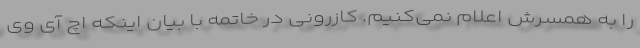
را به همسرش اعلام نمی‌کنیم. کازرونی در خاتمه با بیان اینکه اچ آی وی